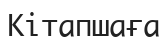
Кітапшаға